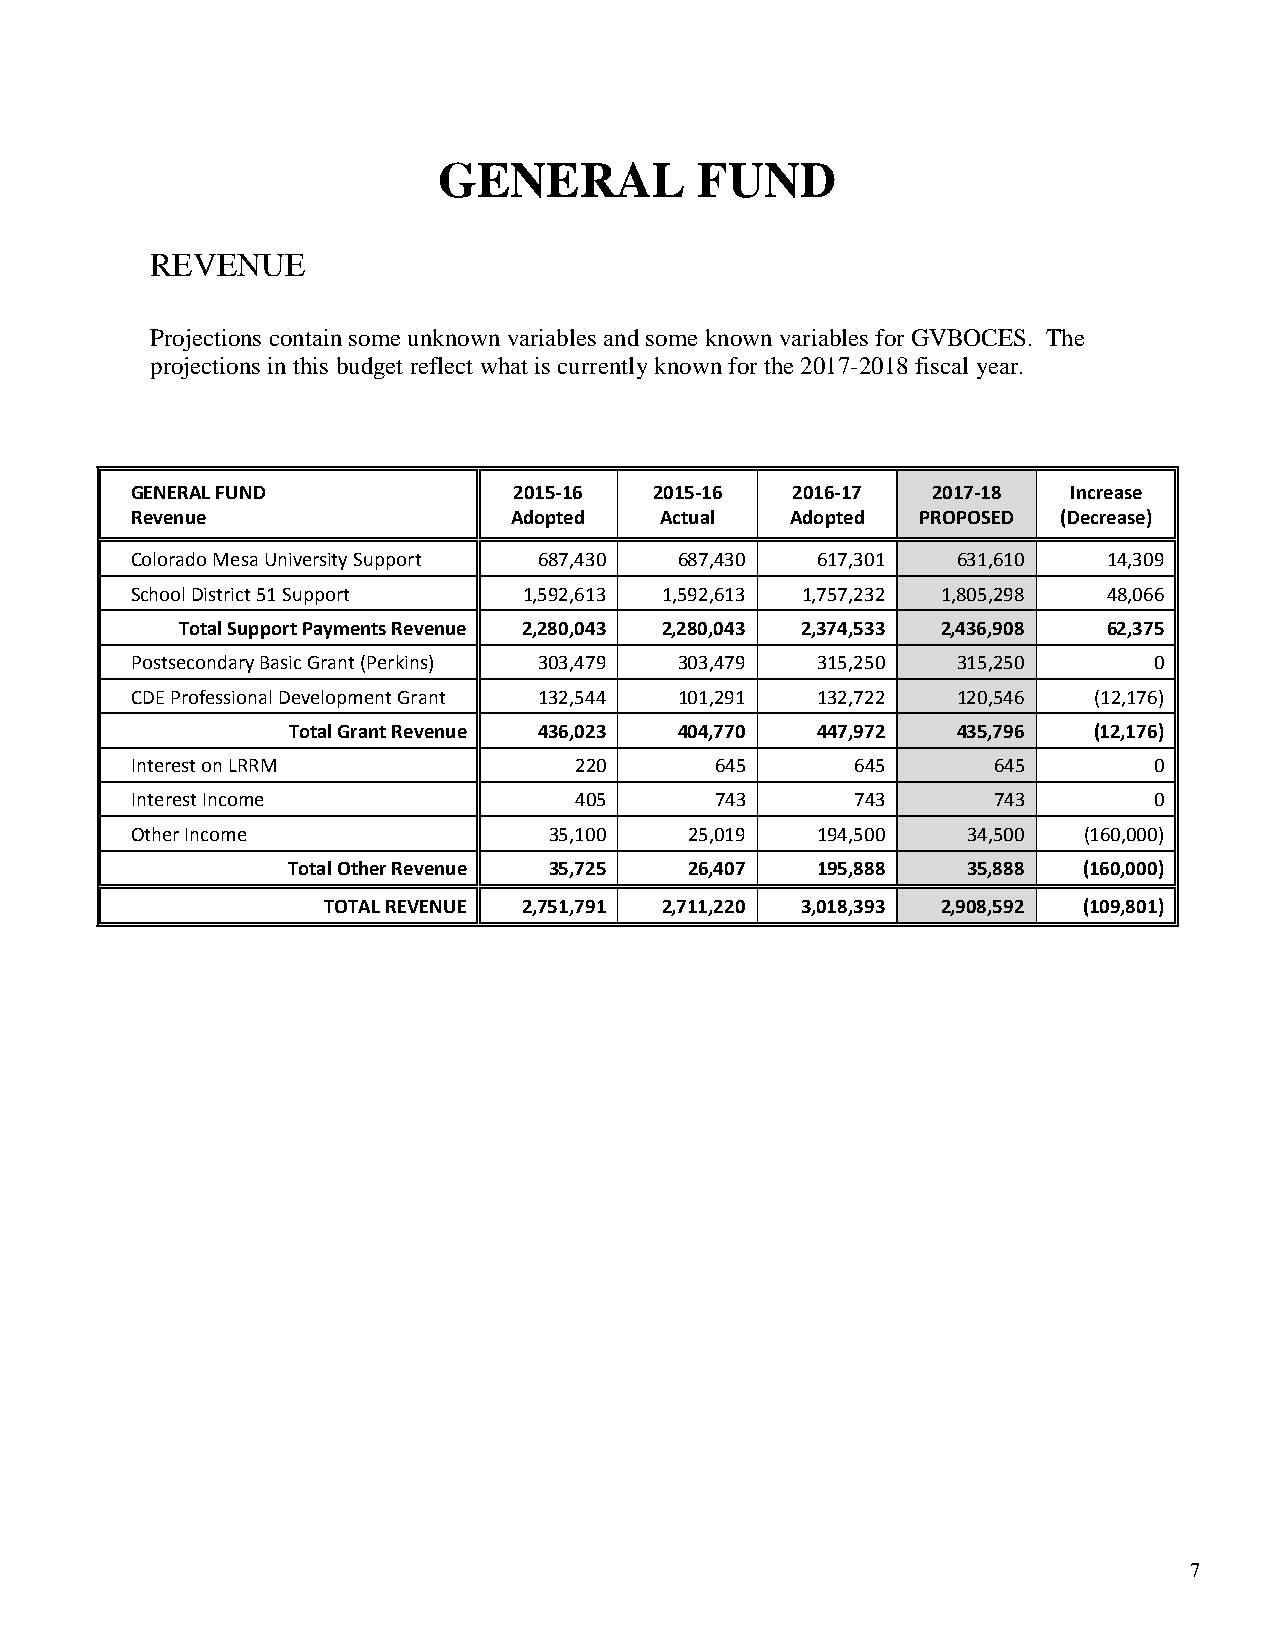
GENERAL          FUND
 REVENUE
 Projections contain some unknown variables and some known variables for GVBOCES. The
 projections in this budget reflect what is currently known for the 2017-2018 fiscal year.
 GENERAL FUND             2015-16  2015-16  2016-17   2017-18  Increase
 Revenue                  Adopted   Actual  Adopted  PROPOSED (Decrease)
 Colorado Mesa University Support 687,430 687,430 617,301 631,610 14,309
 School District 51 Support 1,592,613 1,592,613 1,757,232 1,805,298 48,066
 Total Support Payments Revenue 2,280,043 2,280,043 2,374,533 2,436,908 62,375
 Postsecondary Basic Grant (Perkins) 303,479 303,479 315,250 315,250 0
 CDE Professional Development Grant 132,544 101,291 132,722 120,546 (12,176)
 Total Grant Revenue 436,023 404,770 447,972 435,796  (12,176)
 Interest on LRRM             220      645       645      645       0
 Interest Income              405      743       743      743       0
 Other Income               35,100    25,019  194,500   34,500  (160,000)
 Total Other Revenue 35,725 26,407  195,888   35,888  (160,000)
 TOTAL REVENUE 2,751,791 2,711,220 3,018,393 2,908,592 (109,801)
 7